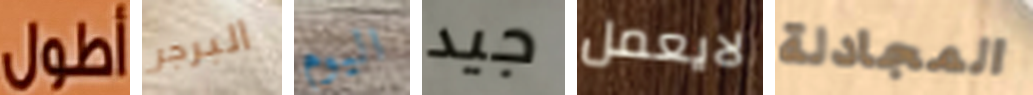
أطول البرجر اليوم جيد لايعمل المجادلة